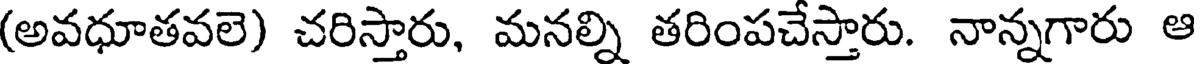
(అవధూతవలె) చరిస్తారు, మనల్ని తరింపచేస్తారు. నాన్నగారు ఆ